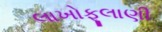
લાખોફૂલાણી